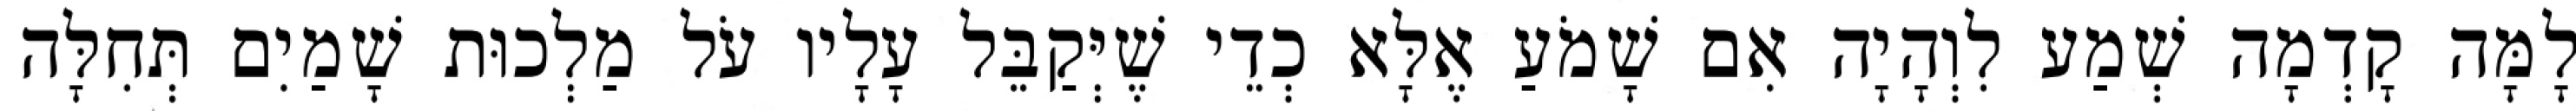
לָמָּה קָדְמָה שְׁמַע לִוְהָיָה אִם שָׁמֹעַ אֶלָּא כְדֵי שֶׁיְּקַבֵּל עָלָיו עֹל מַלְכוּת שָׁמַיִם תְּחִלָּה